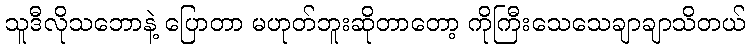
သူဒီလိုသဘောနဲ့ ပြောတာ မဟုတ်ဘူးဆိုတာတော့ ကိုကြီးသေသေချာချာသိတယ်